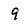
Character: 9